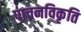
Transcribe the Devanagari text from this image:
पाचनविकृति